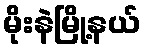
မိုးနဲမြို့နယ်